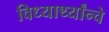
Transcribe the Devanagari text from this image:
विध्यार्थ्यांन्चे